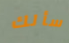
سألك